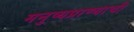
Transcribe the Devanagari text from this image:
मनुष्यप्राण्याची